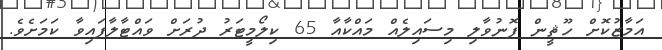
އަމާޒުކޮށް ހޫޘީން ފޮނުވާލި މިސައިލެއް މައްކާއާ 65 ކިލޯމީޓަރު ދުރަށް ވައްޓާލާފައިވާ ކަމަށެވެ.